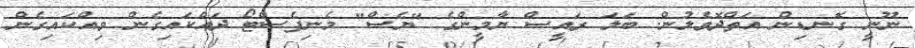
ނޫނީ ގޮނޑިން އަތްދޮވެލުން. ބަލަ ރައީސް ޔާމީންގެ "ޔެސް" މެނިފެސްޓޯ ދައްކައިގެން ވިއްކައިގެން